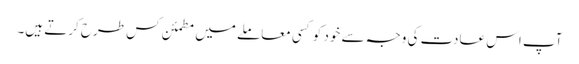
آپ اس عادت کی وجہ سے خود کو کسی معاملے میں مطمئن کس طرح کرتے ہیں۔